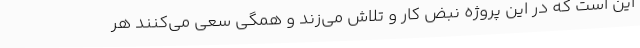
این است که در این پروژه نبض کار و تلاش می‌زند و همگی سعی می‌کنند هر